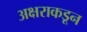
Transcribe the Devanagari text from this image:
अक्षराकडून